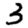
Digit: 3